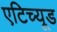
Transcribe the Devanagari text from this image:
एटिच्यूड